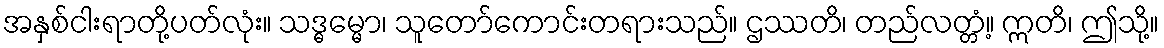
အနှစ်ငါးရာတို့ပတ်လုံး။ သဒ္ဓမ္မော၊ သူတော်ကောင်းတရားသည်။ ဌဿတိ၊ တည်လတ္တံ့။ ဣတိ၊ ဤသို့။